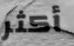
أكثر